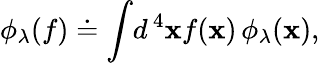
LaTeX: \phi_{\lambda}(f)\doteq\int\! d^{\, 4}\mathbf{x}f(\mathbf{x})\, \phi_{\lambda}(\mathbf{x}),